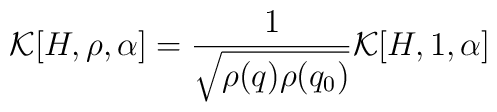
{\cal K}[H,\rho,\alpha] = \frac{1}{\sqrt{\rho(q)\rho(q_0)}}                                     {\cal K}[H,1, \alpha]